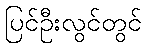
ပြင်ဦးလွင်တွင်